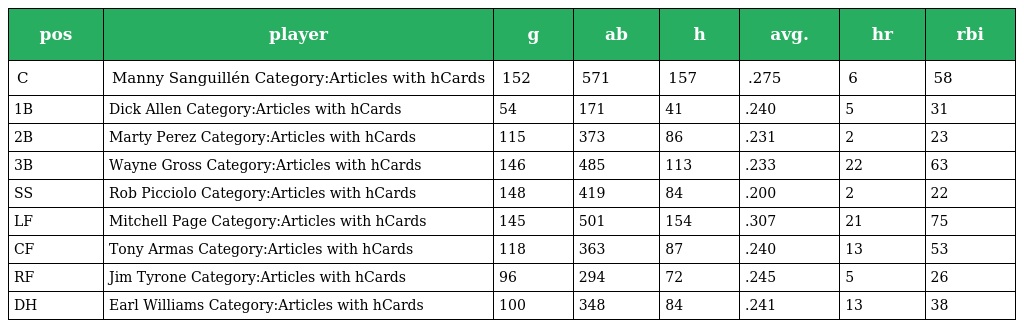
| pos | player | g | ab | h | avg. | hr | rbi |
 | --- | --- | --- | --- | --- | --- | --- | --- |
 | C | Manny Sanguillén Category:Articles with hCards | 152 | 571 | 157 | .275 | 6 | 58 |
 | 1B | Dick Allen Category:Articles with hCards | 54 | 171 | 41 | .240 | 5 | 31 |
 | 2B | Marty Perez Category:Articles with hCards | 115 | 373 | 86 | .231 | 2 | 23 |
 | 3B | Wayne Gross Category:Articles with hCards | 146 | 485 | 113 | .233 | 22 | 63 |
 | SS | Rob Picciolo Category:Articles with hCards | 148 | 419 | 84 | .200 | 2 | 22 |
 | LF | Mitchell Page Category:Articles with hCards | 145 | 501 | 154 | .307 | 21 | 75 |
 | CF | Tony Armas Category:Articles with hCards | 118 | 363 | 87 | .240 | 13 | 53 |
 | RF | Jim Tyrone Category:Articles with hCards | 96 | 294 | 72 | .245 | 5 | 26 |
 | DH | Earl Williams Category:Articles with hCards | 100 | 348 | 84 | .241 | 13 | 38 |